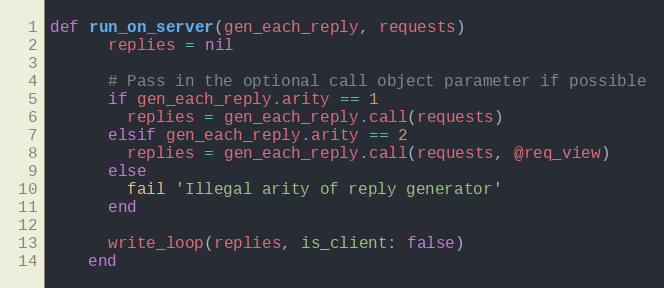
Language: Ruby
def run_on_server(gen_each_reply, requests)
      replies = nil

      # Pass in the optional call object parameter if possible
      if gen_each_reply.arity == 1
        replies = gen_each_reply.call(requests)
      elsif gen_each_reply.arity == 2
        replies = gen_each_reply.call(requests, @req_view)
      else
        fail 'Illegal arity of reply generator'
      end

      write_loop(replies, is_client: false)
    end